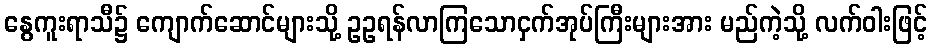
နွေကူးရာသီ၌ ကျောက်ဆောင်များသို့ ဥဥရန်လာကြသောငှက်အုပ်ကြီးများအား မည်ကဲ့သို့ လက်ဝါးဖြင့်